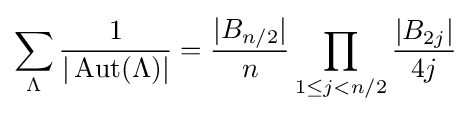
\sum _{\Lambda }{1 \over |\operatorname {Aut} (\Lambda )|}={|B_{n/2}| \over n}\prod _{1\leq j<n/2}{|B_{2j}| \over 4j}